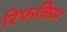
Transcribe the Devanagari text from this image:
रिफकिन